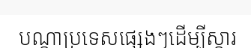
បណ្តាប្រទេសផ្សេងៗដើម្បីស្តារ